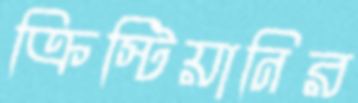
ক্রিস্টিয়ানির